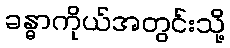
ခန္ဓာကိုယ်အတွင်းသို့